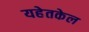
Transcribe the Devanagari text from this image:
यहेतकेल